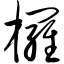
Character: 椤